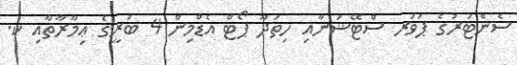
ސެންޓަރުގެ ޕަވަރ ސްޓޭޝަނާއި ހިތަދޫ ޕޯޓް އެޑްމިން 4 ބުރީގެ ޢިމާރާތާއި ކ.